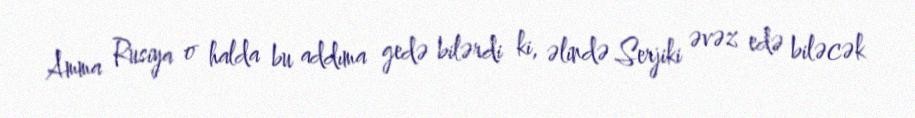
Amma Rusiya o halda bu addıma gedə bilərdi ki, əlində Serjiki əvəz edə biləcək